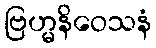
ဗြဟ္မနိဝေသနံ